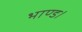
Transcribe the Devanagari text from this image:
भाण्ड।